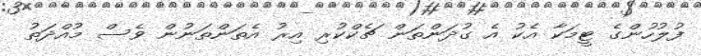
ފުލުހުންގެ ޓީމަކާ އެކު އެ ގުދަންތަން ޗެކްކުރި އިރު އެތަންތަނުން ވެސް މުއްދަތު